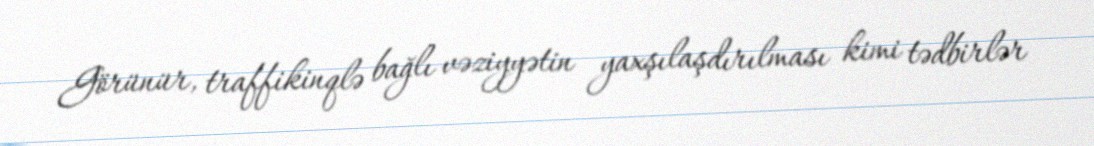
Görünür, traffikinqlə bağlı vəziyyətin yaxşılaşdırılması kimi tədbirlər